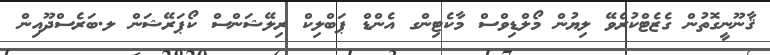
ޤާނޫނީގޮތުން ގެޒެޓްކުރެވޭ ލިޔުން މޯލްޑިވްސް މާކެޓިންގ އެންޑް ޕަބްލިކް ރިލޭޝަންސް ކޯޕަރޭޝަން ލ.ބަރެސްދޫއިން